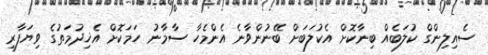
ސެއިލިންގް ކުލަބެއް ބިނާކޮށް އެކުލަބަށް ބޭނުންވާނެ އެންމެހާ ސާމާނު ހަމަކޮށް އެޚިދުމަތުގެ ވިޔަފާރި